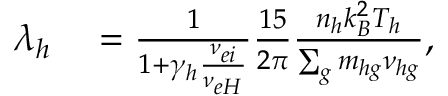
\begin{array} { r l } { \lambda _ { h } } & { { } = \frac { 1 } { 1 + \gamma _ { h } \frac { { \nu } _ { e i } } { { \nu } _ { e H } } } \frac { 1 5 } { 2 \pi } \frac { n _ { h } k _ { B } ^ { 2 } T _ { h } } { \sum _ { g } m _ { h g } { \nu } _ { h g } } , } \end{array}